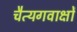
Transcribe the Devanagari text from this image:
चैत्यगवाक्षों